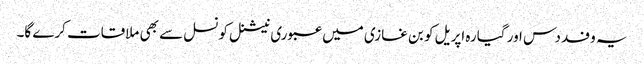
یہ وفد دس اور گیارہ اپریل کو بن غازی میں عبوری نیشنل کونسل سے بھی ملاقات کرے گا۔